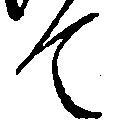
て